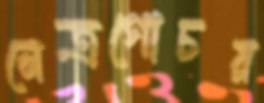
নেত্রগোচর